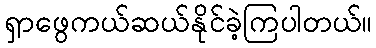
ရှာဖွေကယ်ဆယ်နိုင်ခဲ့ကြပါတယ်။